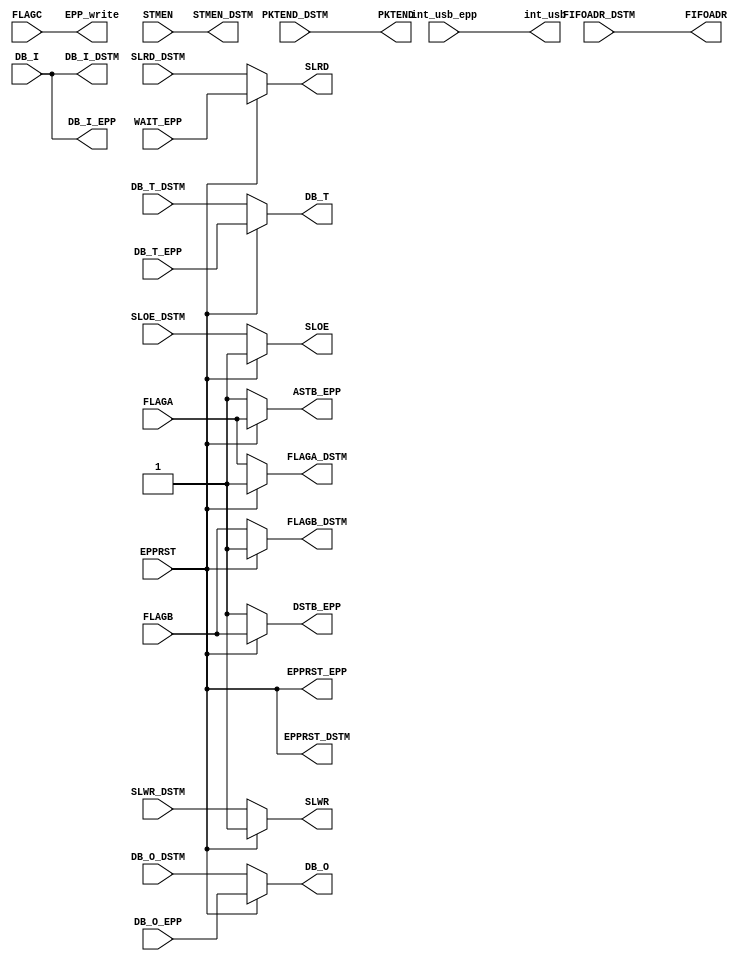
module epp_dstm_mux(

		input EPPRST,     					 // EPP reset, will select between DSTM and EPP ports
		
		input STMEN,				      	 // stream enable : active high enable for the stream data transfer
		input FLAGA,				    		 // FIFO OUT flag : while 1 - shows the empty state of the OUT (download) FIFO
		input FLAGB,				    		 // FIFO IN flag : while 1 - shows the full state of the IN (upload) FIFO 
		input FLAGC,						    // EPP Protocol RNW signal
		
		output wire SLRD,				 		 // signal used to read from OUT FIFO
		output wire SLWR,				 		 // signal used to write to IN FIFO
		output wire SLOE,				 		 // FIFO output enable 
		output wire [1:0] FIFOADR,	       // FIFO address : "00" select OUT FIFO, "10" select IN FIFO
		output wire PKTEND, 		   	 	 // IN transfer end 
		output int_usb,						 // Interrupt request for USB


		input wire  [7:0] DB_I,				 // data in
		output wire [7:0] DB_O,				 // data out
		output wire [7:0] DB_T,			    // if 1 : DB is set as input, if 0 : DB is set as output
	 
	 /****************************DSTM side ports************************************************/
	 
		output STMEN_DSTM,				      	 // stream enable : active high enable for the stream data transfer
		output FLAGA_DSTM,				    		 // FIFO OUT flag : while 1 - shows the empty state of the OUT (download) FIFO
		output FLAGB_DSTM,				    		 // FIFO IN flag : while 1 - shows the full state of the IN (upload) FIFO 
		
		input  SLRD_DSTM,				 		 // signal used to read from OUT FIFO
		input  SLWR_DSTM,				 		 // signal used to write to IN FIFO
		input  SLOE_DSTM,				 		 // FIFO output enable 
		input  [1:0] FIFOADR_DSTM,	       // FIFO address : "00" select OUT FIFO, "10" select IN FIFO
		input  PKTEND_DSTM, 		   	 	 // IN transfer end 
		output EPPRST_DSTM,     					 // EPP reset

		output [7:0] DB_I_DSTM,				 // data in
		input  [7:0] DB_O_DSTM,				 // data out
		input  [7:0] DB_T_DSTM,			    // if 1 : DB is set as input, if 0 : DB is set as output	 
	 
	 /****************************EPP side ports************************************************/
	 
		output ASTB_EPP,				    		// EPP protocol Address Strobe signal
		output DSTB_EPP,				    		// EPP protocol Data Strobe signal
		output EPP_write,							//	EPP protocol RNW signal
		input  WAIT_EPP,				 		   // EPP protocol BUSY signal

		input int_usb_epp,						 // Interrupt request for USB
		output EPPRST_EPP,     					 // EPP reset

		output [7:0] DB_I_EPP,				 // data in
		input  [7:0] DB_O_EPP,				 // data out
		input  [7:0] DB_T_EPP			    // if 1 : DB is set as input, if 0 : DB is set as output	 	 
	 );


//DSTM outputs
assign STMEN_DSTM = STMEN;
assign FLAGA_DSTM = (EPPRST) ? 1'b1 : FLAGA;
assign FLAGB_DSTM = (EPPRST) ? 1'b1 : FLAGB;

assign EPPRST_DSTM = EPPRST;

//EPP outputs
assign ASTB_EPP = (EPPRST) ? FLAGA : 1'b1;
assign DSTB_EPP = (EPPRST) ? FLAGB : 1'b1;
assign EPP_write = FLAGC;

assign EPPRST_EPP = EPPRST;

//USB-EPP-DSTM outputs
assign SLRD = (EPPRST)? WAIT_EPP : SLRD_DSTM;

assign SLWR = (EPPRST)? 1'b1 : SLWR_DSTM;
assign SLOE = (EPPRST)? 1'b1 : SLOE_DSTM;
assign FIFOADR = FIFOADR_DSTM;
assign PKTEND = PKTEND_DSTM;

assign int_usb = int_usb_epp;

//Data inputs and outputs
assign DB_I_DSTM = DB_I;
assign DB_I_EPP = DB_I;

assign DB_O = (EPPRST) ? DB_O_EPP: DB_O_DSTM;
assign DB_T = (EPPRST) ? DB_T_EPP: DB_T_DSTM;

endmodule